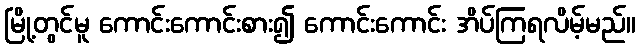
မြို့တွင်မူ ကောင်းကောင်းစား၍ ကောင်းကောင်း အိပ်ကြရလိမ့်မည်။